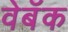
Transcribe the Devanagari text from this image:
वेबॅक